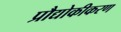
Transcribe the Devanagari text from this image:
प्रौद्योकीकरण